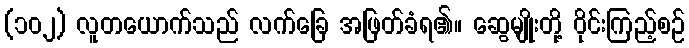
(၁၀၂) လူတယောက်သည် လက်ခြေ အဖြတ်ခံရ၏။ ဆွေမျိုးတို့ ဝိုင်းကြည့်စဉ်